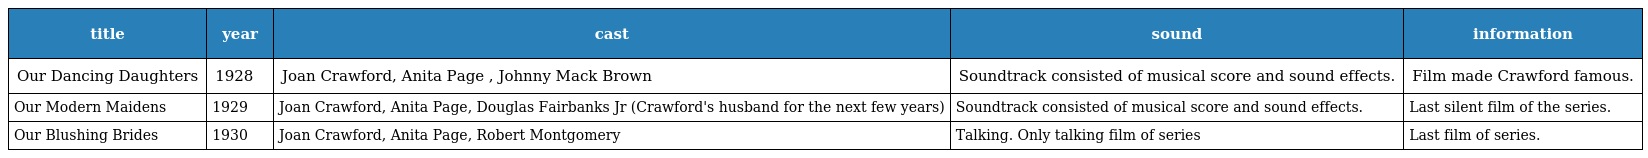
| title | year | cast | sound | information |
 | --- | --- | --- | --- | --- |
 | Our Dancing Daughters | 1928 | Joan Crawford, Anita Page , Johnny Mack Brown | Soundtrack consisted of musical score and sound effects. | Film made Crawford famous. |
 | Our Modern Maidens | 1929 | Joan Crawford, Anita Page, Douglas Fairbanks Jr (Crawford's husband for the next few years) | Soundtrack consisted of musical score and sound effects. | Last silent film of the series. |
 | Our Blushing Brides | 1930 | Joan Crawford, Anita Page, Robert Montgomery | Talking. Only talking film of series | Last film of series. |